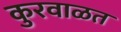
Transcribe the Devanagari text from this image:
कुरवाळत